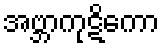
အဗ္ဘာကုဋိကော